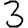
Digit: 3